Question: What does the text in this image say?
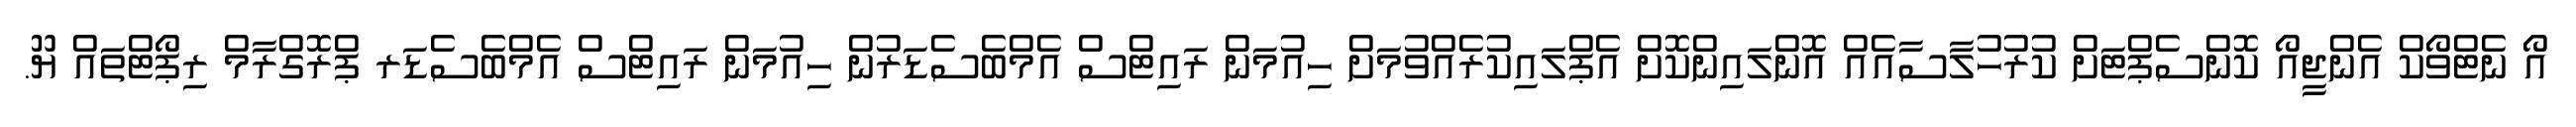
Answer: އޯ ނެޓްވޯކް އެންޖީއޯ ކޮންސެޕްޓަށް ކުރުހުލާސާއެއް އޮންލައިންކޮށް އެޕްލައިކުރެއްވުމަށް ހިއުމަން ރައިޓްސް އެމްބެސެޑަރުން ހިއުމަން ރައިޓްސް އެމްބެސެޑަރ ޕްރޮގްރާމް ރިޕޯޓްތައް ޔޫ.